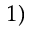
^ { 1 ) }